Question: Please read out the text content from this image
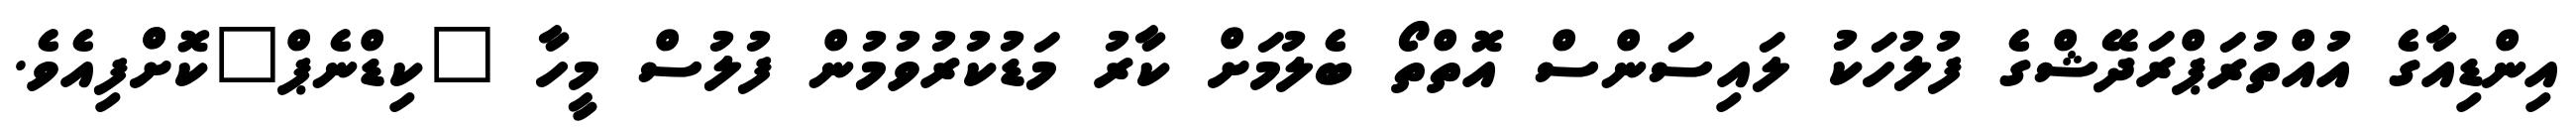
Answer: އިންޑިއާގެ އުއްތުރަޕްރަދޭޝްގެ ފުލުހަކު ލައިސަންސް އޮތްތޯ ބެލުމަށް ކާރު މަޑުކުރުވުމުން ފުލުސް މީހާ "ކިޑްނެޕް"ކޮށްްފިއެވެ.